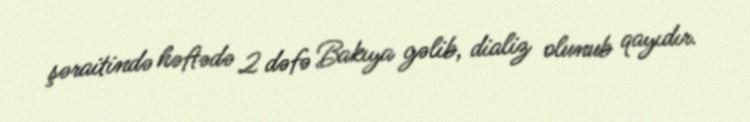
şəraitində həftədə 2 dəfə Bakıya gəlib, dializ olunub qayıdır.